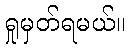
ရှုမှတ်ရမယ်။